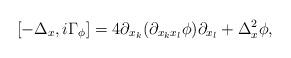
LaTeX: \begin{align*}[-\Delta_{x} , i \Gamma_{\phi}] = 4 \partial_{x_k } (\partial_{x_k x_l} \phi) \partial_{x_l} + \Delta_x^2 \phi , \end{align*}